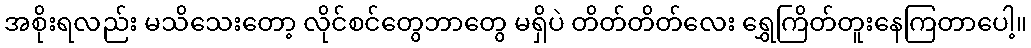
အစိုးရလည်း မသိသေးတော့ လိုင်စင်တွေဘာတွေ မရှိပဲ တိတ်တိတ်လေး ရွှေကြိတ်တူးနေကြတာပေါ့။